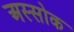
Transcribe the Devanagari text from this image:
अस्सोक